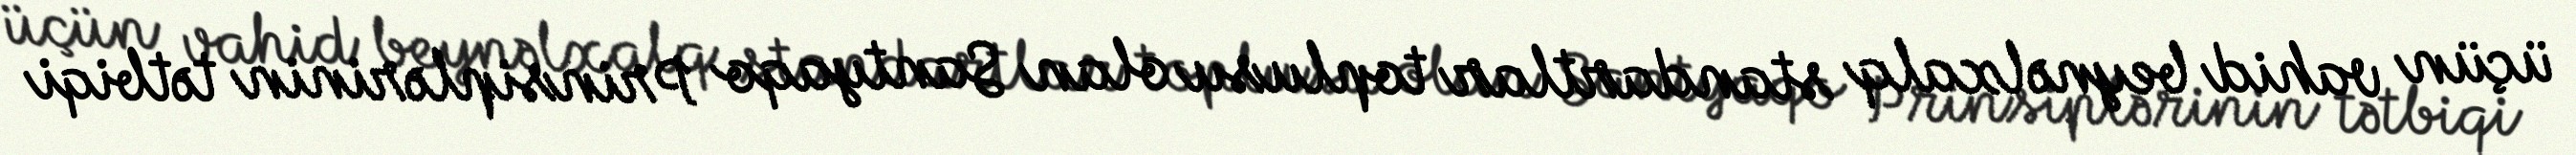
üçün vahid beynəlxalq standartlar toplusu olan Santyaqo Prinsiplərinin tətbiqi